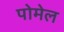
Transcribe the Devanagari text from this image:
पोमेल